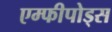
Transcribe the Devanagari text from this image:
एम्फीपोड्स